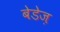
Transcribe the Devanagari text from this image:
बेडेज़